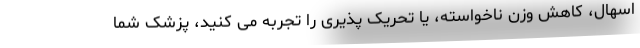
اسهال، کاهش وزن ناخواسته، یا تحریک پذیری را تجربه می کنید، پزشک شما